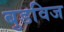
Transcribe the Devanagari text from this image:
बुडविज